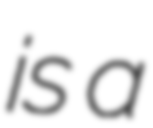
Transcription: is a